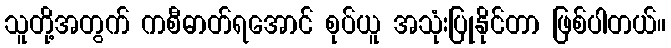
သူတို့အတွက် ကစီဓာတ်ရအောင် စုပ်ယူ အသုံးပြုနိုင်တာ ဖြစ်ပါတယ်။